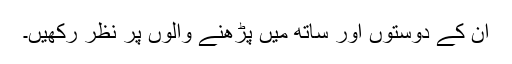
ان کے دوستوں اور ساتھ میں پڑھنے والوں پر نظر رکھیں۔